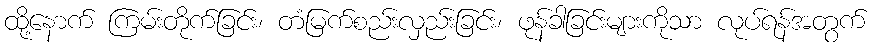
ထို့နောက် ကြမ်းတိုက်ခြင်း၊ တံမြက်စည်းလှည်းခြင်း၊ ဖုန်ခါခြင်းများကိုသာ လုပ်ရန်အတွက်